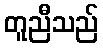
တူညီသည်